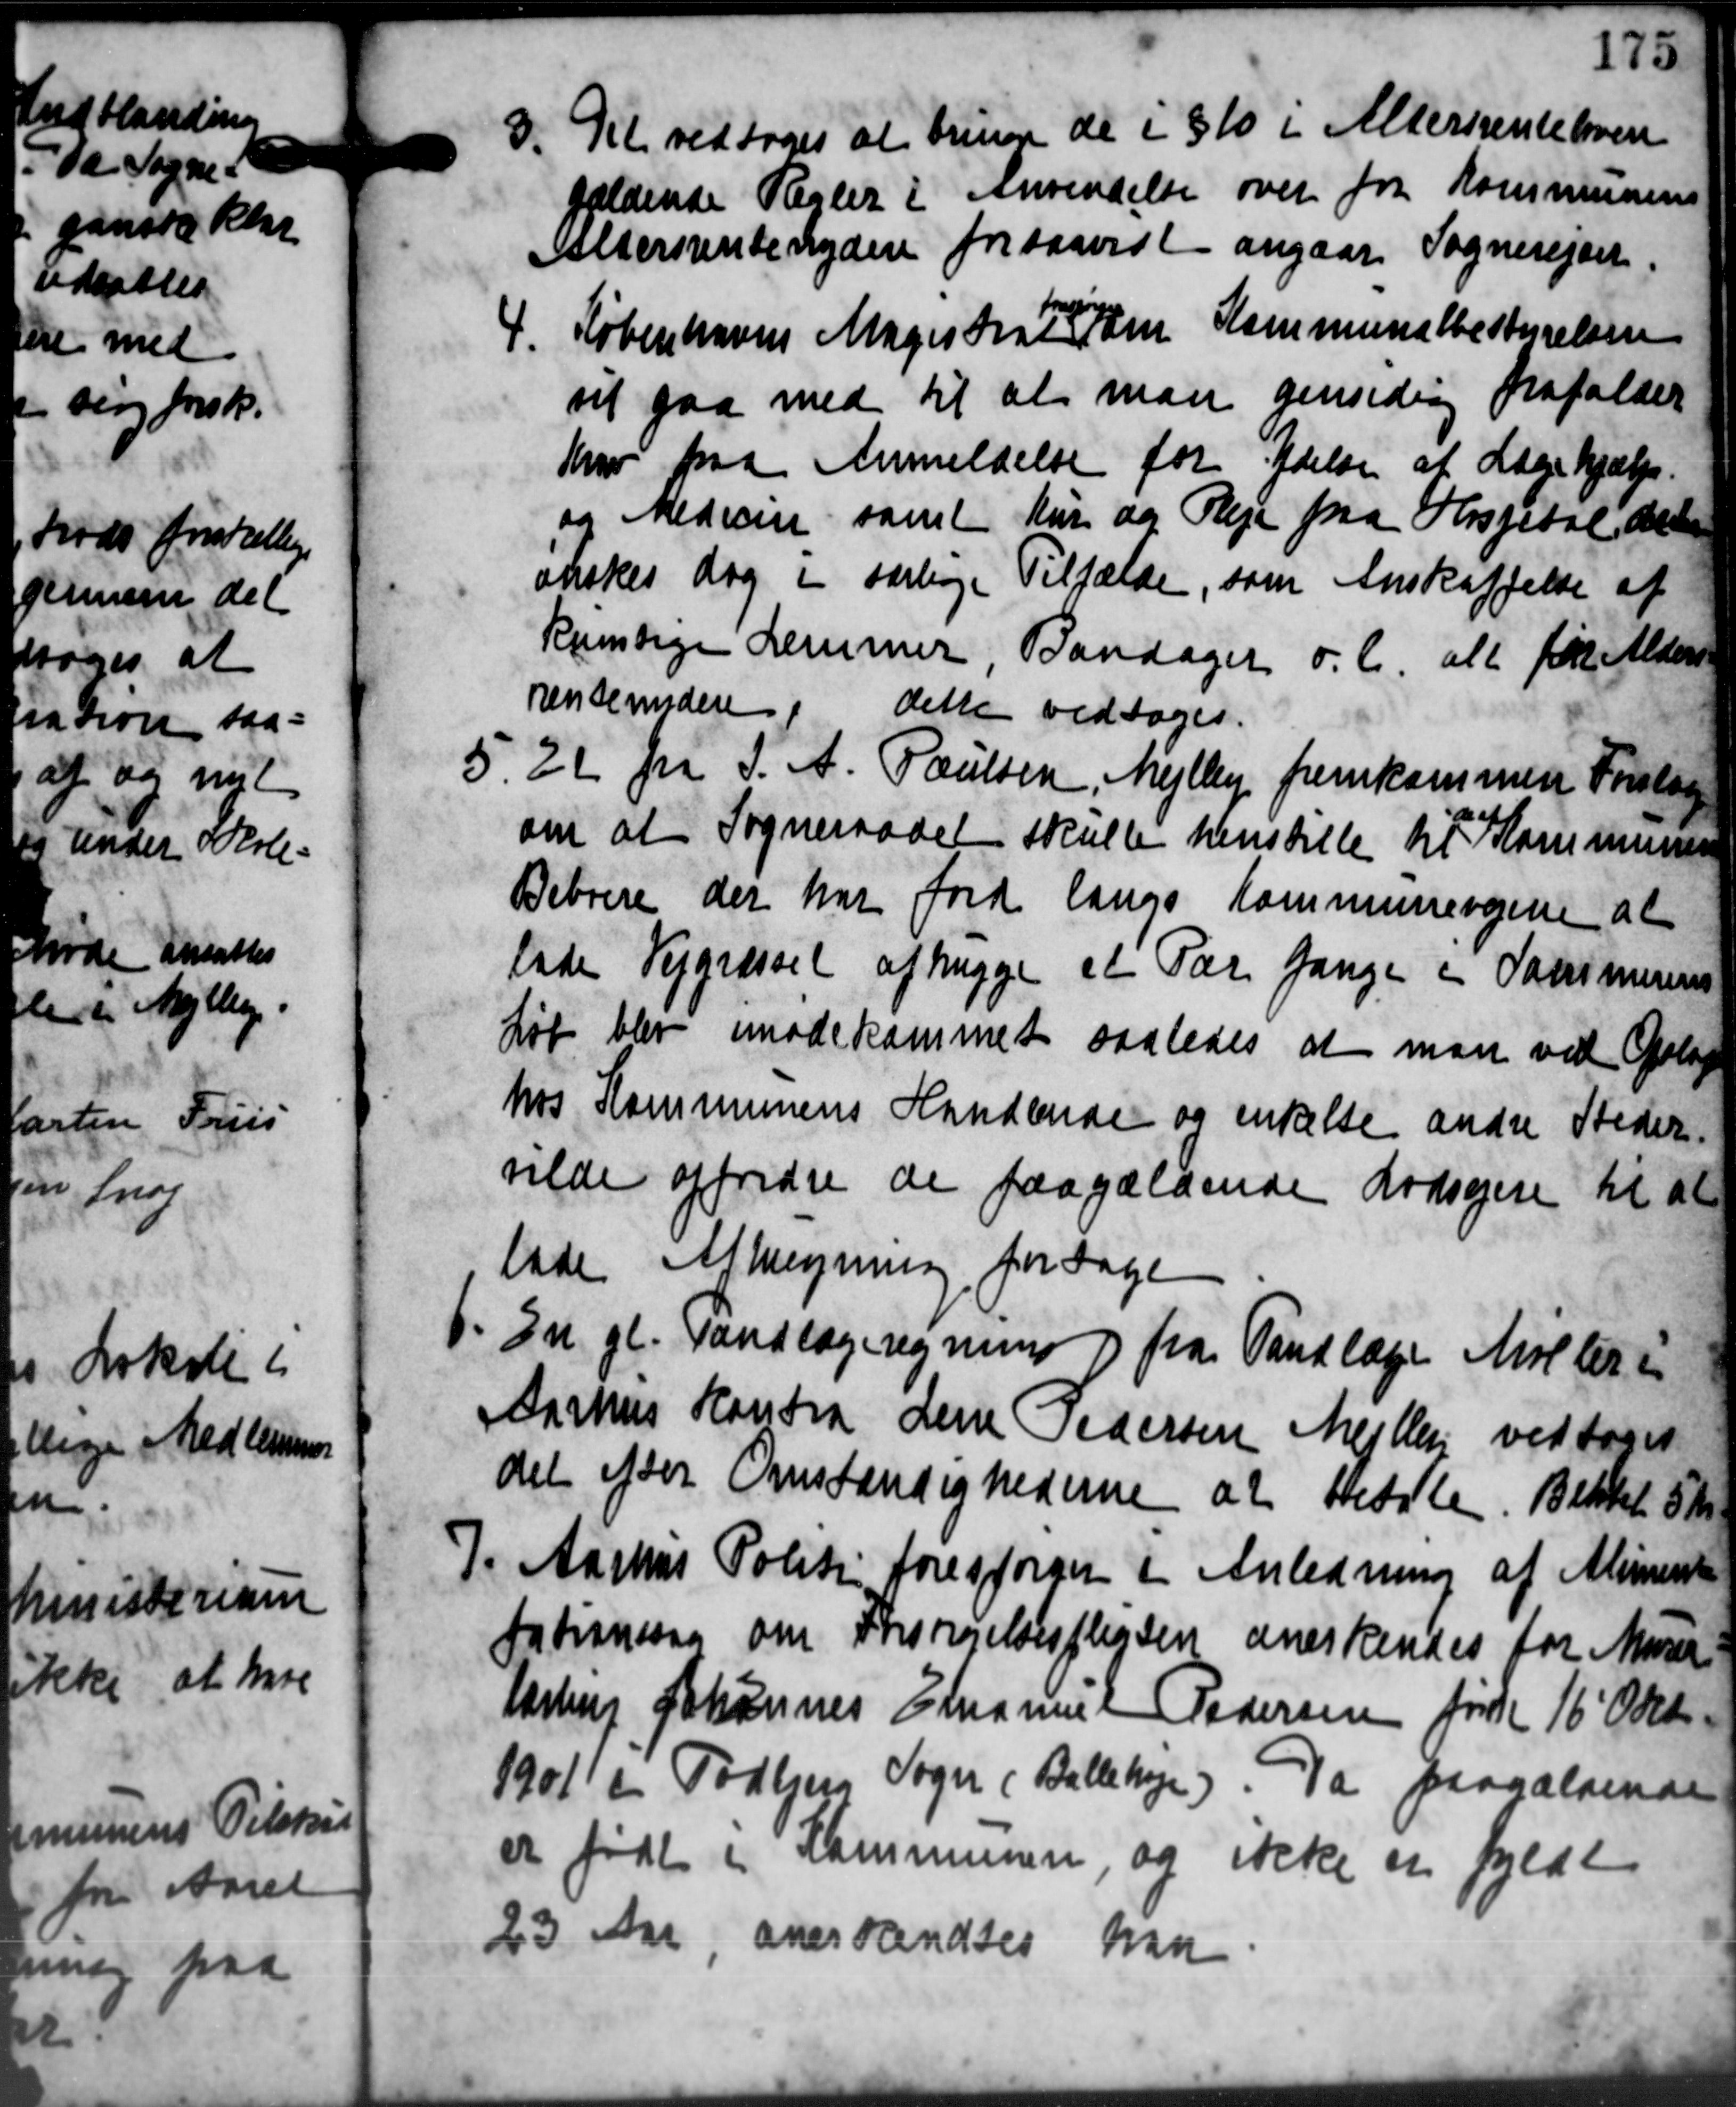
Transskription:
st

d

d

6
ti

175
3. Det vedtoges at bringe de i § 10 i Aldersrentelover
gældende Regler i Anvendelse over fra Kommunens
Aaldersrentenydere forsaavist angaar Sognerejdet
4. Københavns Magistrat Som Kommunalbestyrelsen
vil gaa med til at man gensidig frafalder
Kro paa Anmeldelse for Ydelse af Lægehjælp.
og Medicin samt Kur og Pleje fra Hospital det
ønskes dag i særlinge Tilfælde, som Anskaffelse af
kunstige Lemmer, Bandager o.l. alt for Alders
renseundere, dette vedtoges.
5.26 fra S. A. Poulsen, Mejlby fremkommen Forslag
om at Sogneraadet skulle henstille til Kommunen
Beboere der har ford langs Kommunevejene at
lade Vejgræssel afhugge et Par Gange i Sammerens
Løb blev imødekommet saaledes at man ved Oplag
hos Kommunens Handende og enkelte andre Steder
vilde opfridre de paagældende Lodsejere til at
lade Albregning for tage
En gl. Vandlægeregning fra Tandlæge Møller i
Aarhus Hansen Lene Pedersen Mejlby vedtoges
det efter Omstændighederne at betale Bekket 5 Kr.
Aarhus Politi forespørger i Anledning af Aliment
tationssag om Forsørgelsespligten anerkendes for Murer
Aarling Johannes Emanuer Pedersen først 16' Okt
1901 i Todbjerg Sogn ( Ballehøje). Da paagældende
er født i Kommunen, og ikke er fyldt
23 Aar, anerkendtes han